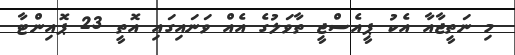
މި ނަތީޖާއާ އެކު ޕީއެސްޖީ ތާވަލުގެ އެއް ވަނައިގައި އޮތީ 23 ޕޮއިންޓާ